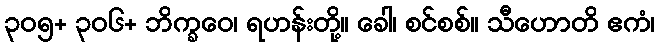
၃၀၅+ ၃၀၆+ ဘိက္ခဝေ၊ ရဟန်းတို့။ ခေါ၊ စင်စစ်။ သီဟောတိ ဧကံ၊